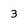
Character: 3